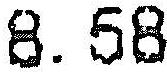
8.58